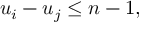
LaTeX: u _ { i } - u _ { j } \leq n - 1 ,